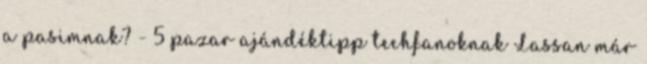
a pasimnak? - 5 pazar ajándéktipp techfanoknak Lassan már